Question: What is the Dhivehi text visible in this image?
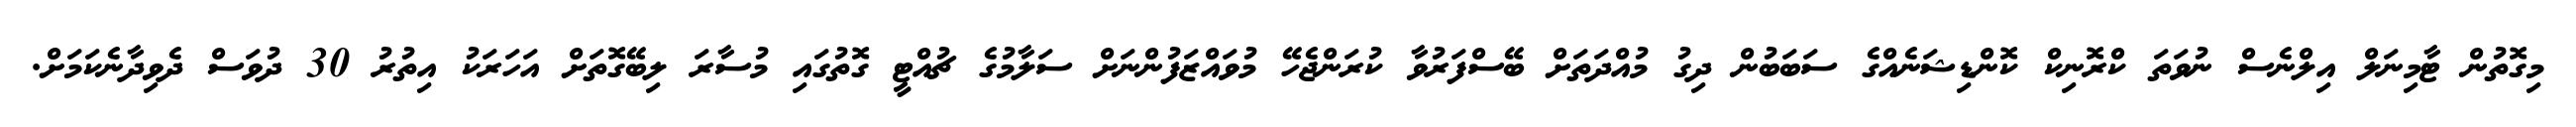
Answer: މިގޮތުން ޓާމިނަލް އިލްނެސް ނުވަތަ ކްރޮނިކް ކޮންޑިޝަނެއްގެ ސަބަބުން ދިގު މުއްދަތަށް ބޭސްފަރުވާ ކުރަންޖެހޭ މުވައްޒަފުންނަށް ސަލާމުގެ ޗުއްޓީ ގޮތުގައި މުސާރަ ލިބޭގޮތަށް އަހަރަކު އިތުރު 30 ދުވަސް ދެވިދާނެކަމަށް.